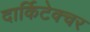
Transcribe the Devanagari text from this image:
दार्किटेक्चर